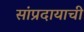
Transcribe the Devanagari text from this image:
सांप्रदायाची